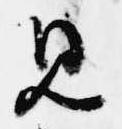
見